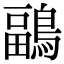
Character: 鶝